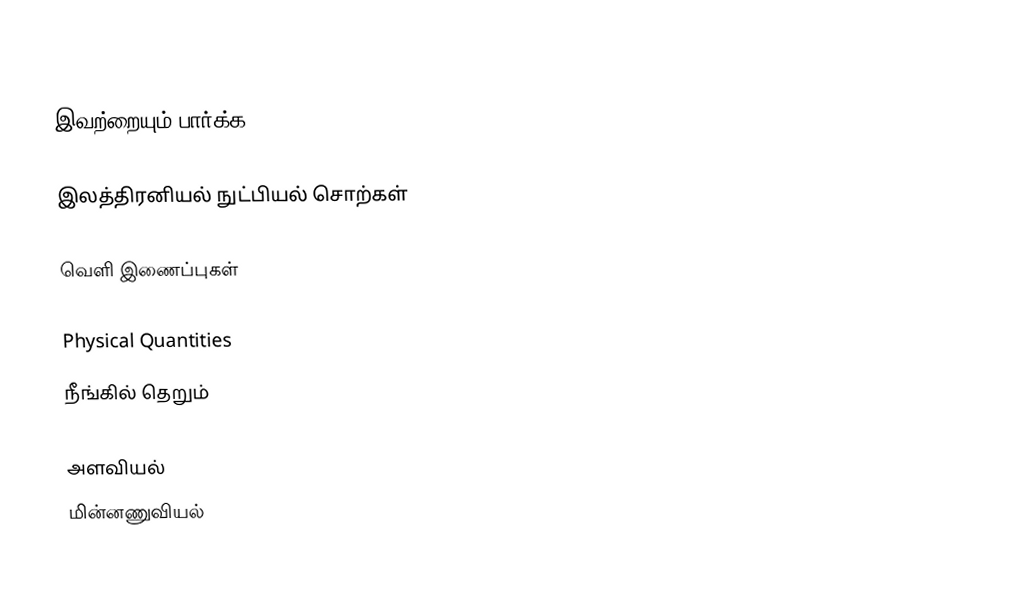

இவற்றையும் பார்க்க

 இலத்திரனியல் நுட்பியல் சொற்கள்

வெளி இணைப்புகள்

 Physical Quantities
 நீங்கில் தெறும்

அளவியல்
மின்னணுவியல்